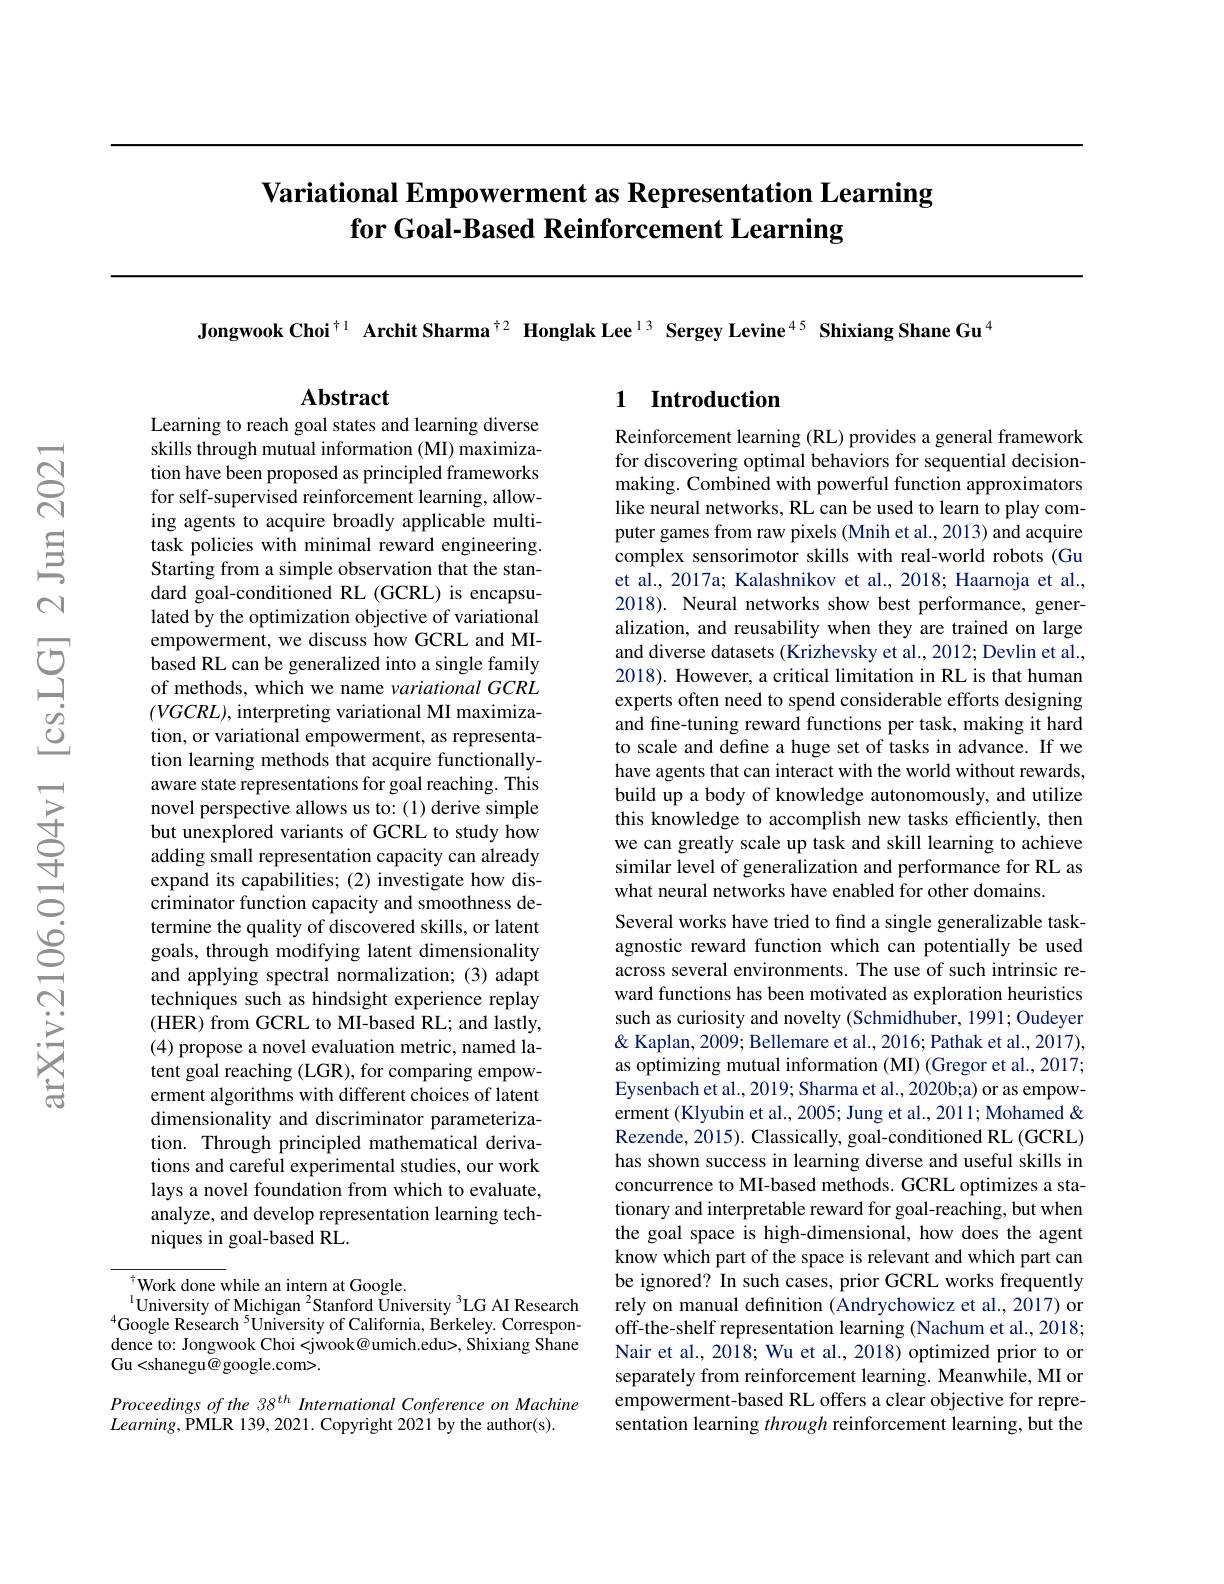
# Variational Empowerment as Representation Learning for Goal-Based Reinforcement Learning

Jongwook Choi$^{\dagger1}$ Archit Sharma$^{\dagger2}$ Honglak Lee$^{13}$ Sergey Levine$^{45}$ Shixiang Shane Gu$^{4}$

$\mathbf{Abstract}$

## 1 Introduction

Learning to reach goal states and learning diverse skills through mutual information (MI) maximization have been proposed as principled frameworks for self-supervised reinforcement learning, allowing agents to acquire broadly applicable multitask policies with minimal reward engineering. Starting from a simple observation that the standard goal-conditioned RL (GCRL) is encapsulated by the optimization objective of variational empowerment, we discuss how GCRL and MIbased RL can be generalized into a single family of methods, which we name variational GCRL $(VGCRL)$, interpreting variational MI maximization, or variational empowerment, as representation learning methods that acquire functionallyaware state representations for goal reaching. This novel perspective allows us to: (1) derive simple but unexplored variants of GCRL to study how adding small representation capacity can already expand its capabilities; (2) investigate how discriminator function capacity and smoothness determine the quality of discovered skills, or latent goals, through modifying latent dimensionality and applying spectral normalization; (3) adapt techniques such as hindsight experience replay (HER) from GCRL to MI-based RL; and lastly, (4) propose a novel evaluation metric, named latent goal reaching (LGR), for comparing empowerment algorithms with different choices of latent dimensionality and discriminator parameterization. Through principled mathematical derivations and careful experimental studies, our work lays a novel foundation from which to evaluate, analyze, and develop representation learning techniques in goal-based RL.

Reinforcement learning (RL) provides a general framework for discovering optimal behaviors for sequential decisionmaking. Combined with powerful function approximators like neural networks, RL can be used to learn to play computer games from raw pixels (Mnih et al., 2013) and acquire complex sensorimotor skills with real-world robots (Gu et al., 2017a; Kalashnikov et al., 2018; Haarnoja et al., 2018). Neural networks show best performance, generalization, and reusability when they are trained on large and diverse datasets (Krizhevsky et al., 2012; Devlin et al., 2018). However, a critical limitation in RL is that human experts often need to spend considerable efforts designing and fine-tuning reward functions per task, making it hard to scale and define a huge set of tasks in advance. If we have agents that can interact with the world without rewards, build up a body of knowledge autonomously, and utilize this knowledge to accomplish new tasks efficiently, then we can greatly scale up task and skill learning to achieve similar level of generalization and performance for RL as what neural networks have enabled for other domains.
Several works have tried to find a single generalizable taskagnostic reward function which can potentially be used across several environments. The use of such intrinsic reward functions has been motivated as exploration heuristics such as curiosity and novelty (Schmidhuber, 1991; Oudeyer & Kaplan, 2009; Bellemare et al., 2016; Pathak et al., 2017), as optimizing mutual information (MI) (Gregor et al., 2017; $\hat{\text{Eysenbach et al., 2019; Sharma et al., 2020b;a) or as empow-}}$ erment (Klyubin et al., 2005; Jung et al., 2011; Mohamed & Rezende, 2015). Classically, goal-conditioned RL (GCRL) has shown success in learning diverse and useful skills in concurrence to MI-based methods. GCRL optimizes a stationary and interpretable reward for goal-reaching, but when the goal space is high-dimensional, how does the agent know which part of the space is relevant and which part can be ignored? In such cases, prior GCRL works frequently rely on manual definition (Andrychowicz et al., 2017) or off-the-shelf representation learning (Nachum et al., 2018; Nair et al., 2018; Wu et al., 2018) optimized prior to or separately from reinforcement learning. Meanwhile, MI or empowerment-based RL offers a clear objective for representation learning through reinforcement learning, but the

Work done while an intern at Google.
$^{1}$University of Michigan $^2$Stanford Úniversity $^3$LG AI Research $^{4}$Google Research$^{5}$University of California, Berkeley. Correspondence to: Jongwook Choi <jwook@umich.edu>, Shixiang Shane Gu<shanegu$\tilde{@}$google.com>.

Proceedings of the 38 th International Conference on Machine
$Learning$,PMLR 139,2021. Copyright 2021 by the author(s).